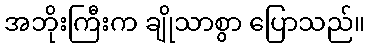
အဘိုးကြီးက ချိုသာစွာ ပြောသည်။